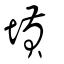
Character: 𡎴